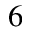
6